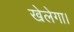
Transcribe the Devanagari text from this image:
खेलेगा।